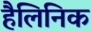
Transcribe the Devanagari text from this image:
हैलिनिक